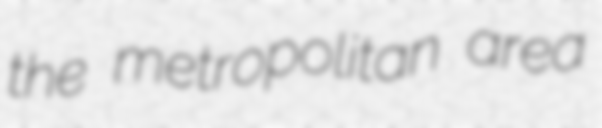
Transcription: the metropolitan area